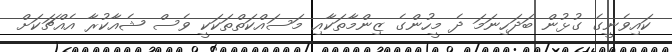
ކައިވެނީގެ ގުޅުން ބަދަހިނަމަ ދެ މީހުންގެ ޒިންމާތަކާއި މަސައްކަތްތަކަކީ ވެސް ޝެއާކުރާ އެއްޗަކަށް